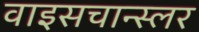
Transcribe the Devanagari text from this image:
वाइसचान्स्लर